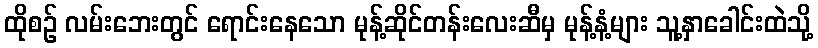
ထိုစဉ် လမ်းဘေးတွင် ရောင်းနေသော မုန့်ဆိုင်တန်းလေးဆီမှ မုန့်နံ့များ သူ့နှာခေါင်းထဲသို့